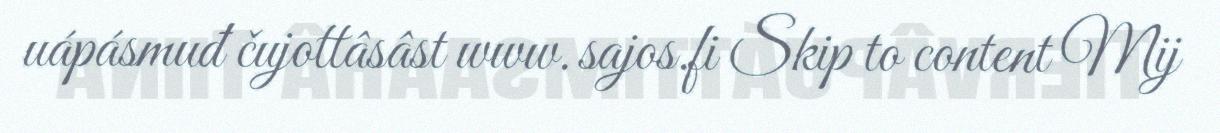
uápásmuđ čujottâsâst www.sajos.fi Skip to content Mij